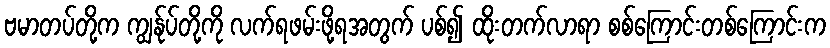
ဗမာတပ်တို့က ကျွန်ုပ်တို့ကို လက်ရဖမ်းဖို့ရအတွက် ပစ်၍ ထိုးတက်လာရာ စစ်ကြောင်းတစ်ကြောင်းက